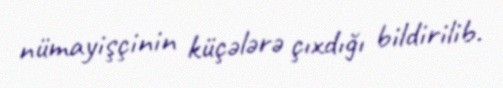
nümayişçinin küçələrə çıxdığı bildirilib.